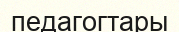
педагогтары